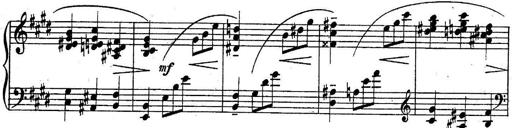
Title: Sonatine
Composer: Adrian Shaposhnikov
Key: E minor